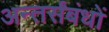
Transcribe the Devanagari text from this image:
अन्तर्संबंधों